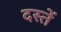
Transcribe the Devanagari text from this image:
दस्तें